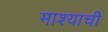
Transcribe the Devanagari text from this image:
माश्याची